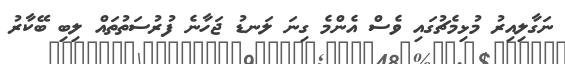
ނަގާލިއިރު މުޅިމެޗުގައި ވެސް އެންމެ ގިނަ ލަނޑު ޖަހާނެ ފުރުސަތުތައް ލިބި ބޭކާރު